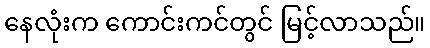
နေလုံးက ကောင်းကင်တွင် မြင့်လာသည်။